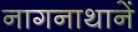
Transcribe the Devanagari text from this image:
नागनाथानें